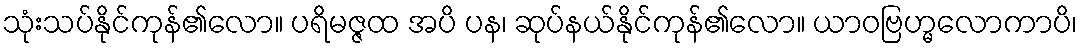
သုံးသပ်နိုင်ကုန်၏လော။ ပရိမဇ္ဇထ အပိ ပန၊ ဆုပ်နယ်နိုင်ကုန်၏လော။ ယာဝဗြဟ္မလောကာပိ၊